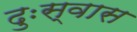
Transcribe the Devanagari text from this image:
दुःस्वास